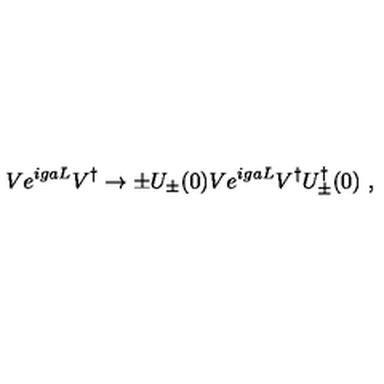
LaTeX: V e ^ { i g a L } V ^ { \dagger } \to \pm U _ { \pm } ( 0 ) V e ^ { i g a L } V ^ { \dagger } U _ { \pm } ^ { \dagger } ( 0 ) \ ,